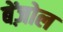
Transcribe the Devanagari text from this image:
बेंज़ोल